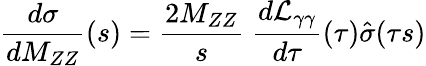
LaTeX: \frac{d\sigma}{dM_{ZZ}}(s)=\frac{2M_{ZZ}}{s}\; \frac{d{\cal L}_{\gamma\gamma}}{d\tau}(\tau)\hat{\sigma}(\tau s)